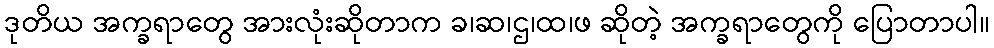
ဒုတိယ အက္ခရာတွေ အားလုံးဆိုတာက ခ၊ဆ၊ဌ၊ထ၊ဖ ဆိုတဲ့ အက္ခရာတွေကို ပြောတာပါ။